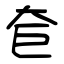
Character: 奆